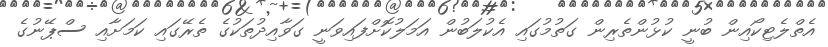
އެތްލެޓިކޯއިން ބުނީ ކުޅުންތެރިން ގަތުމުގައި އެކުލަބުން އަމަލުކޮށްފައިވަނީ ގަވާއިދުތަކުގެ ތެރޭގައި ކަމަށާއި ސްޕޭނުގެ